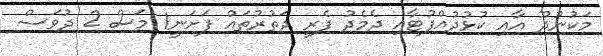
މަކުނުދޫ އާއި ކުޅުދުއްފުޓާއި ދެމެދު ފެރީ ދަތުރުތައް ފަށަނީ1 މަސް 2 ދުވަސް